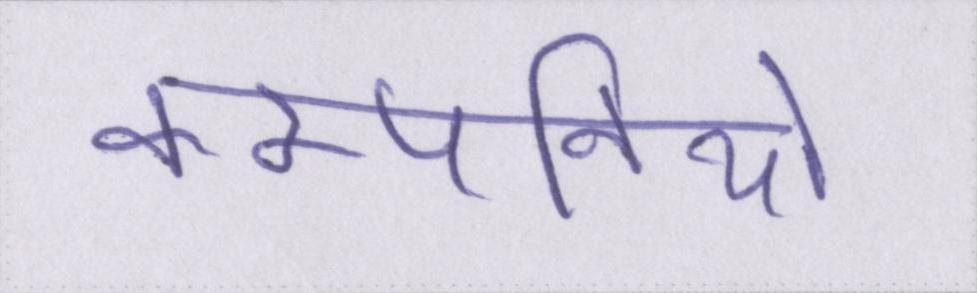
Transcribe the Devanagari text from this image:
कम्पनियों